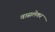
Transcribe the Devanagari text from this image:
वासलेकर